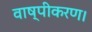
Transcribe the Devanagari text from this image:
वाष्पीकरण।